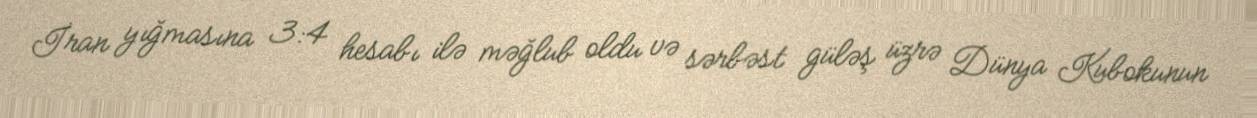
İran yığmasına 3:4 hesabı ilə məğlub oldu və sərbəst güləş üzrə Dünya Kubokunun